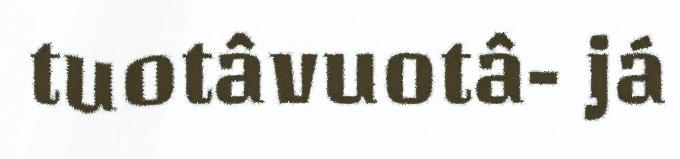
tuotâvuotâ- já